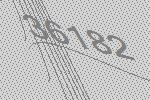
36182